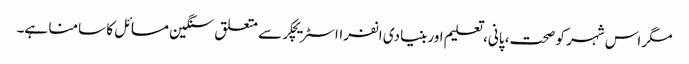
مگر اس شہر کو صحت، پانی، تعلیم اور بنیادی انفرااسٹریچکر سے متعلق سنگین مسائل کا سامنا ہے۔